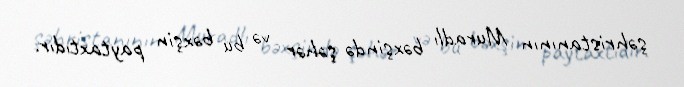
şəhristanının Muradlı bəxşində şəhər və bu bəxşin paytaxtıdır.